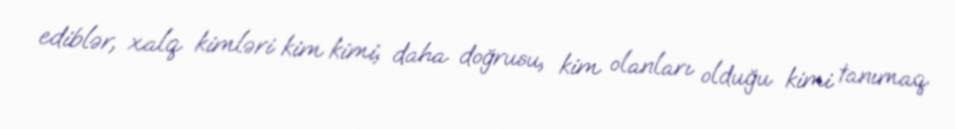
ediblər, xalq kimləri kim kimi, daha doğrusu, kim olanları olduğu kimi tanımaq